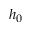
h _ { 0 }